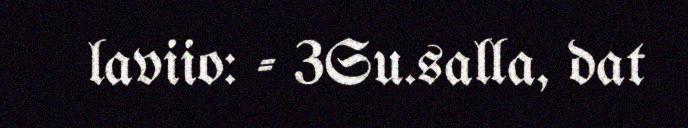
laviio: - 3Su.salla, dat